Report on enteric fever
Disease focus: Fever
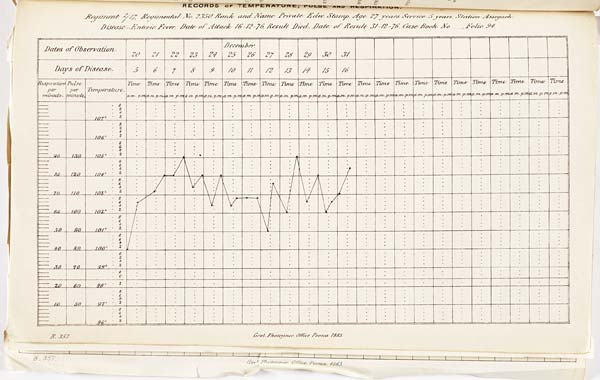
RECORDS OF TEMPERATURE, PULSE AND RESPIRATION.
Regiment 2/17, Regimental No. 2350. Rank and Name Private Edw. Stamp, Age 27 years, Service 5 years, Station Asirgarh.
Disease – Enteric Fever, Date of Attack 16-12-76, Result Died, Date of Result 31-12-76, Case Book No ........, Folio 94.
B. 357. Govt. Photozinco: Office, Poona 1883.